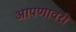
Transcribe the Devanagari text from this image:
आपणावरी